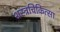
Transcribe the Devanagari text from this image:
शस्त्रचिकित्सा